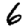
Digit: 6